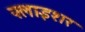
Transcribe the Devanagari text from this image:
फ्लाइशर